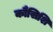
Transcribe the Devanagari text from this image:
कौसिशि